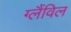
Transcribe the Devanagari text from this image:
ग्लैंविल